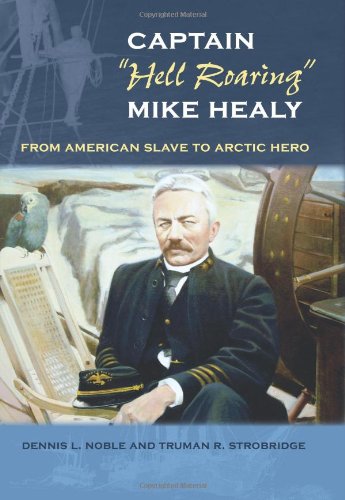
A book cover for Captain "Hell Roaring" Mike Healy: From American Slave to Arctic Hero (New Perspectives on Maritime History and Nautical Archaeology); Dennis L. Noble; History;